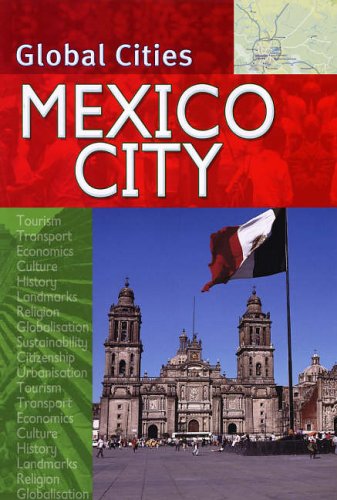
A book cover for Mexico City (Global Cities); Edward Parker; Travel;